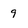
Character: 9